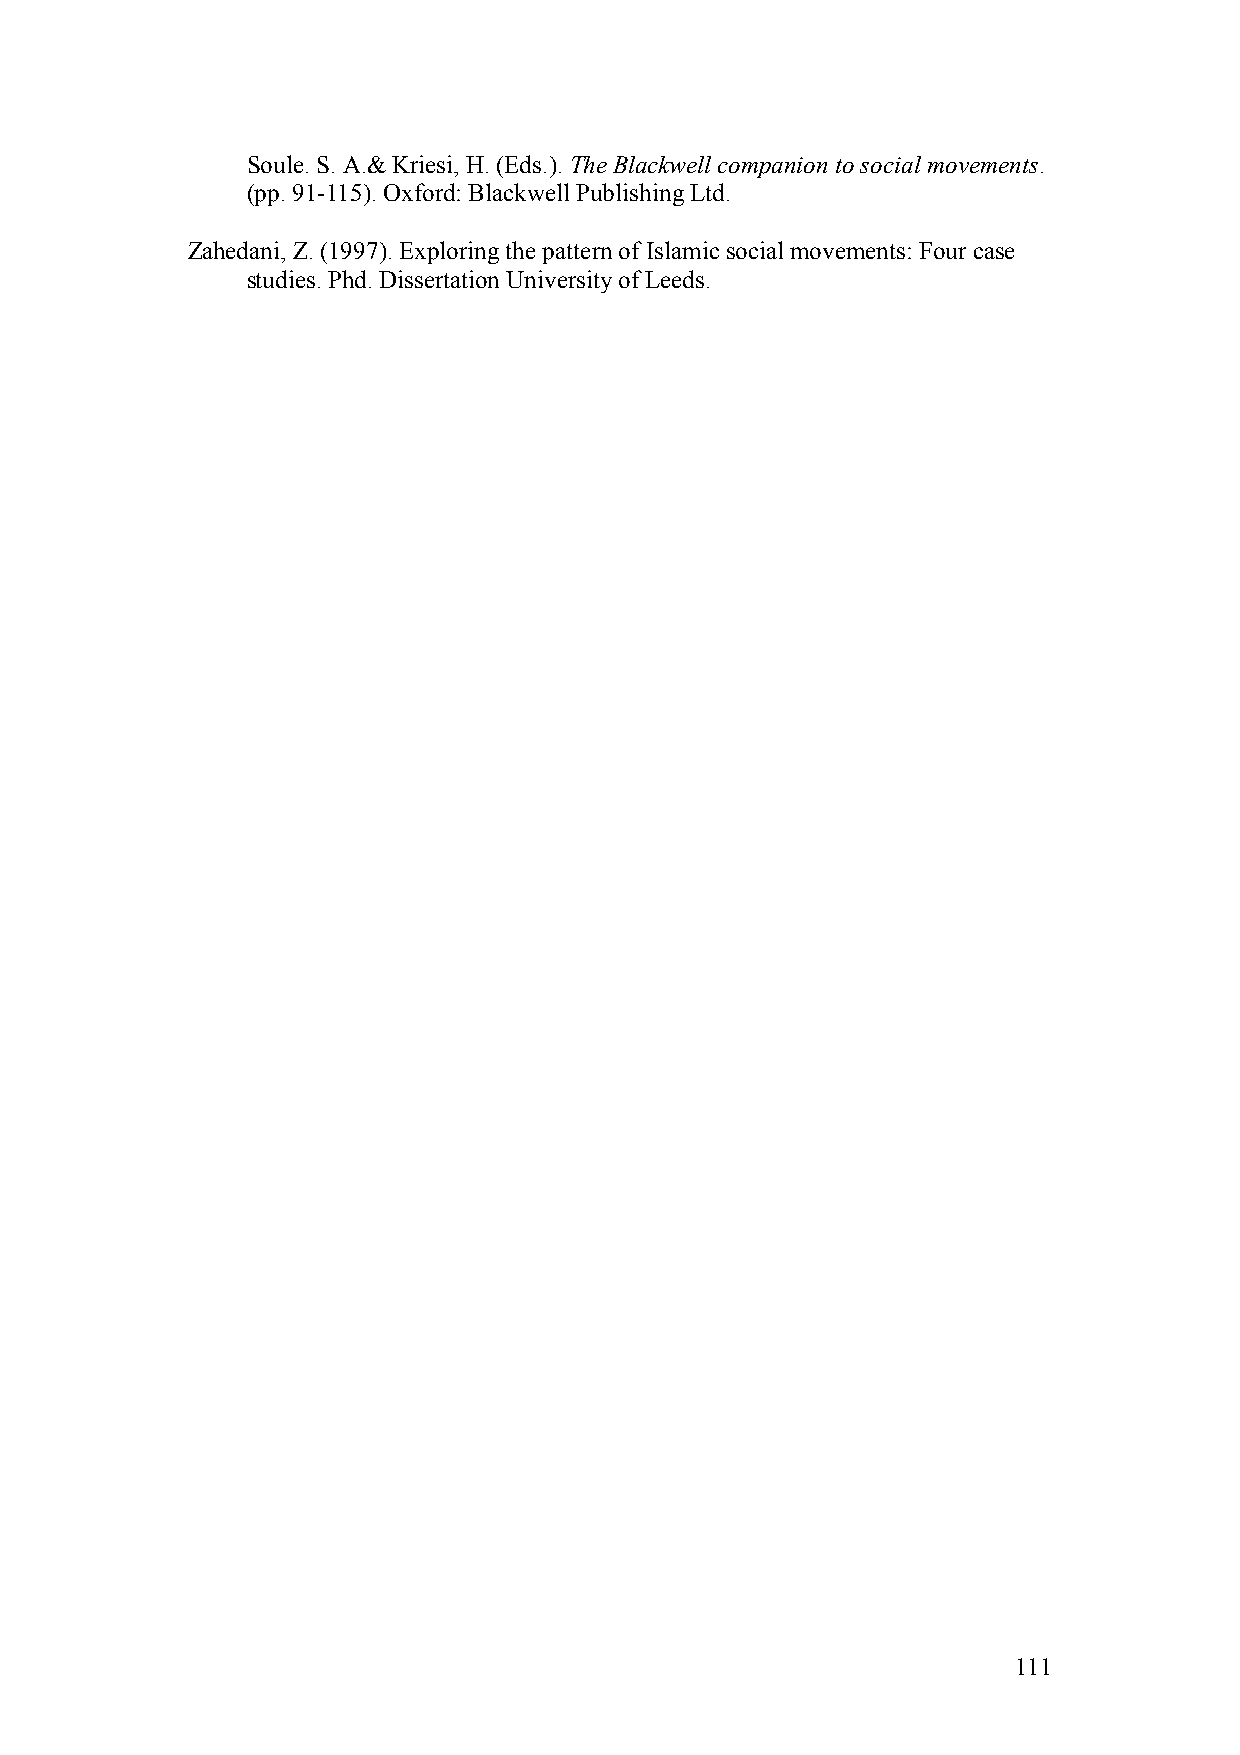
Soule. S. A.& Kriesi, H. (Eds.). The Blackwell companion to social movements.
 (pp. 91-115). Oxford: Blackwell Publishing Ltd.
 Zahedani, Z. (1997). Exploring the pattern of Islamic social movements: Four case
 studies. Phd. Dissertation University of Leeds.
 111